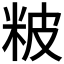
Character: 𥹖